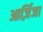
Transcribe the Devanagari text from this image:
आर्ज़िजा